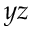
y z